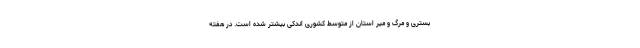
بستری و مرگ و میر استان از متوسط کشوری اندکی بیشتر شده است. در هفته